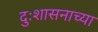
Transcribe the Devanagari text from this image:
दुःशासनाच्या